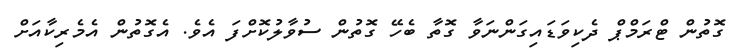
ގޮތުން ޓްރަމްޕް ދެކިވަޑައިގަންނަވާ ގޮތާ ބެހޭ ގޮތުން ސުވާލުކޮށްފަ އެވެ. އެގޮތުން އެމެރިކާއަށް